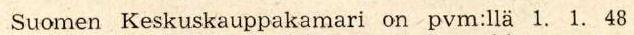
 Suomen Keskuskauppakamari on pvm:llä 1. 1. 48